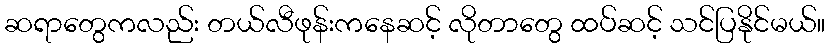
ဆရာတွေကလည်း တယ်လီဖုန်းကနေဆင့် လိုတာတွေ ထပ်ဆင့် သင်ပြနိုင်မယ်။